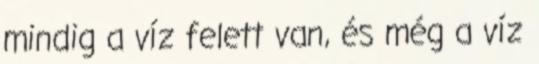
mindig a víz felett van, és még a víz